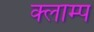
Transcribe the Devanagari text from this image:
क्लाम्प